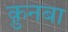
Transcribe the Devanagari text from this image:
क़ुनबा